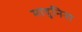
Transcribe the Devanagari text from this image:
मादुनिना